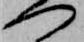
へ